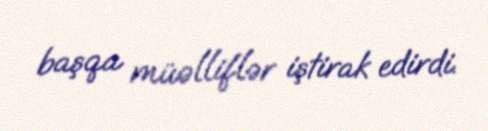
başqa müəlliflər iştirak edirdi.